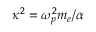
\kappa ^ { 2 } = \omega _ { p } ^ { 2 } m _ { e } / \alpha